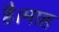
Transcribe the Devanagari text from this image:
है।माह